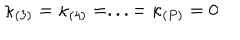
\kappa _ { ( 3 ) } = \kappa _ { ( 4 ) } = . . . = \kappa _ { ( P ) } = 0